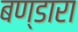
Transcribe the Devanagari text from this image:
बण्डारा